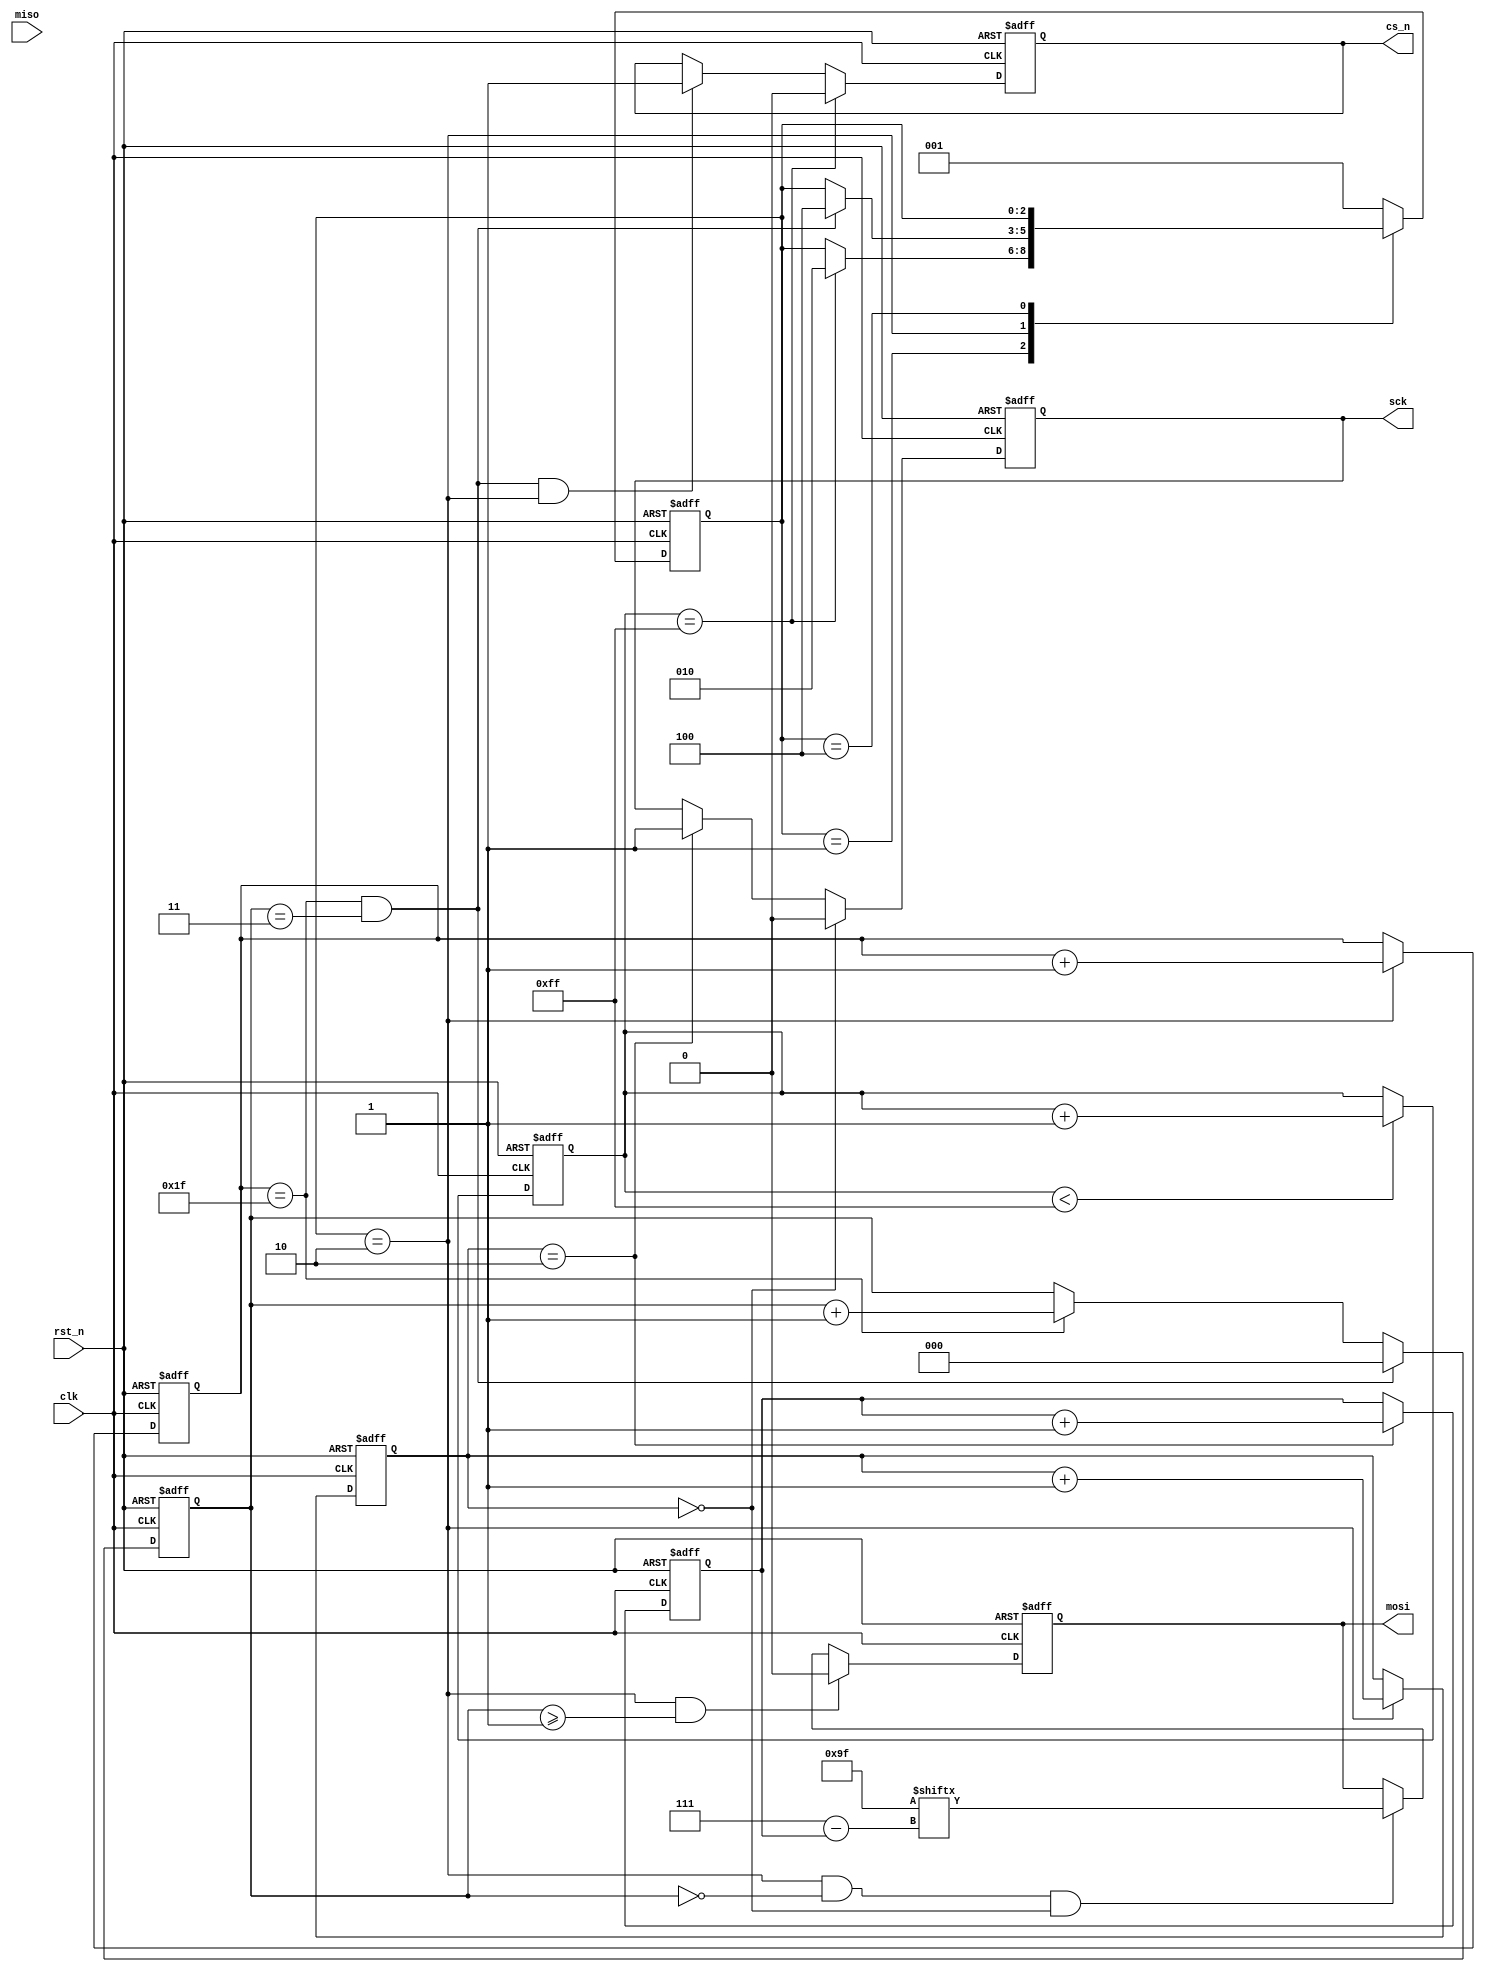
`timescale 1ns / 1ps

module spi_ctrl (
    input clk,
    input rst_n,

    (* MARK_DEBUG = "TRUE" *) output reg cs_n,
    (* MARK_DEBUG = "TRUE" *) output reg sck,
    (* MARK_DEBUG = "TRUE" *) output reg mosi,
    (* MARK_DEBUG = "TRUE" *) input miso
);

  localparam IDLE = 3'b001;
  localparam ID = 3'b010;
  localparam DONE = 3'b100;
  localparam ID_INST = 8'h9F;

  reg [4:0] cnt_clk;
  reg [2:0] cnt_bit;
  reg [1:0] cnt_sck;
  reg [2:0] cnt_byte;
  reg [7:0] cnt_read;
  (* MARK_DEBUG = "TRUE" *) reg rd_flag;
  (* MARK_DEBUG = "TRUE" *) reg [7:0] rd_data;
  reg [2:0] state;

  always @(posedge clk or negedge rst_n) begin
    if (!rst_n) cnt_clk <= 5'd0;
    else if (state == ID) cnt_clk <= cnt_clk + 1'd1;
  end

  always @(posedge clk or negedge rst_n) begin
    if (!rst_n) cnt_byte <= 3'd0;
    else if ((cnt_clk == 5'd31) && (cnt_byte == 3'd3)) cnt_byte <= 3'd0;
    else if (cnt_clk == 5'd31) cnt_byte <= cnt_byte + 1'd1;
  end

  //sck
  always @(posedge clk or negedge rst_n) begin
    if (!rst_n) cnt_sck <= 2'd0;
    else if (state == ID) cnt_sck <= cnt_sck + 1'd1;
  end

  always @(posedge clk or negedge rst_n) begin
    if (!rst_n) sck <= 1'd0;
    else if (cnt_sck == 2'd0) sck <= 1'd0;
    else if (cnt_sck == 2'd2) sck <= 1'd1;
  end

  // cs
  always @(posedge clk or negedge rst_n) begin
    if (!rst_n) cnt_read <= 8'd0;
    else if (cnt_read < 8'd255) cnt_read <= cnt_read + 1'd1;
  end

  always @(posedge clk or negedge rst_n) begin
    if (!rst_n) cs_n <= 1'd1;
    else if (cnt_read == 8'd255) cs_n <= 1'd0;
    else if ((cnt_byte == 3'd3) && (cnt_clk == 5'd31) && (state == ID)) cs_n <= 1'd1;
  end

  always @(posedge clk or negedge rst_n) begin
    if (!rst_n) cnt_bit <= 3'd0;
    else if (cnt_sck == 2'd2) cnt_bit <= cnt_bit + 1'd1;
  end

  always @(posedge clk or negedge rst_n) begin
    if (!rst_n) state <= IDLE;
    else begin
      case (state)
        IDLE: if (cnt_read == 8'd255) state <= ID;
        ID:   if ((cnt_byte == 3'd3) && (cnt_clk == 5'd31)) state <= DONE;
        DONE: state <= state;
        default: begin
          state <= IDLE;
        end
      endcase
    end
  end

  always @(posedge clk or negedge rst_n) begin
    if (!rst_n) mosi <= 1'd0;
    else if ((state == ID) && (cnt_byte >= 3'd1)) mosi <= 1'd0;
    else if ((state == ID) && (cnt_byte == 3'd0) && (cnt_sck == 2'd0)) mosi <= ID_INST[7-cnt_bit];
  end

  always @(posedge clk or negedge rst_n) begin
    if (!rst_n) rd_flag <= 1'd0;
    else if (cnt_byte >= 3'd1 && (cnt_sck == 2'd1)) rd_flag <= 1'd1;
    else rd_flag <= 1'd0;
  end

  always @(posedge clk or negedge rst_n) begin
    if (!rst_n) rd_data <= 8'd0;
    else if (rd_flag) rd_data <= {rd_data[6:0], miso};
  end
endmodule